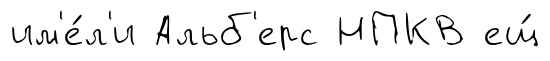
им'е́л'и Альб'ерс НПКВ ещ́